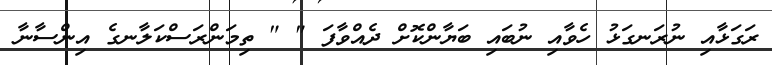
ރަގަޅާއި ނުރަނގަޅު ހެވާއި ނުބައި ބަޔާންކޮށް ދެއްވާފަ " " ތިމަންރަސްކަލާނގެ އިންސާނާ